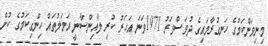
މިނިވަންކަމުގެ ހަނގުރާމައިގެ ދުވަސްވަރު 1971ވަނަ އަހަރު ކުރި ލާއިންސާނީ އަމަލުތައް ހިންގިކަމުގެ ކުށް